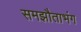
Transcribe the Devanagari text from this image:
समझौताभंग